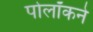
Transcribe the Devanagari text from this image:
पोलॉकने